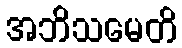
အဘိသမေတိ